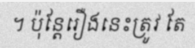
។ ប៉ុន្តែរឿងនេះត្រូវ តែ